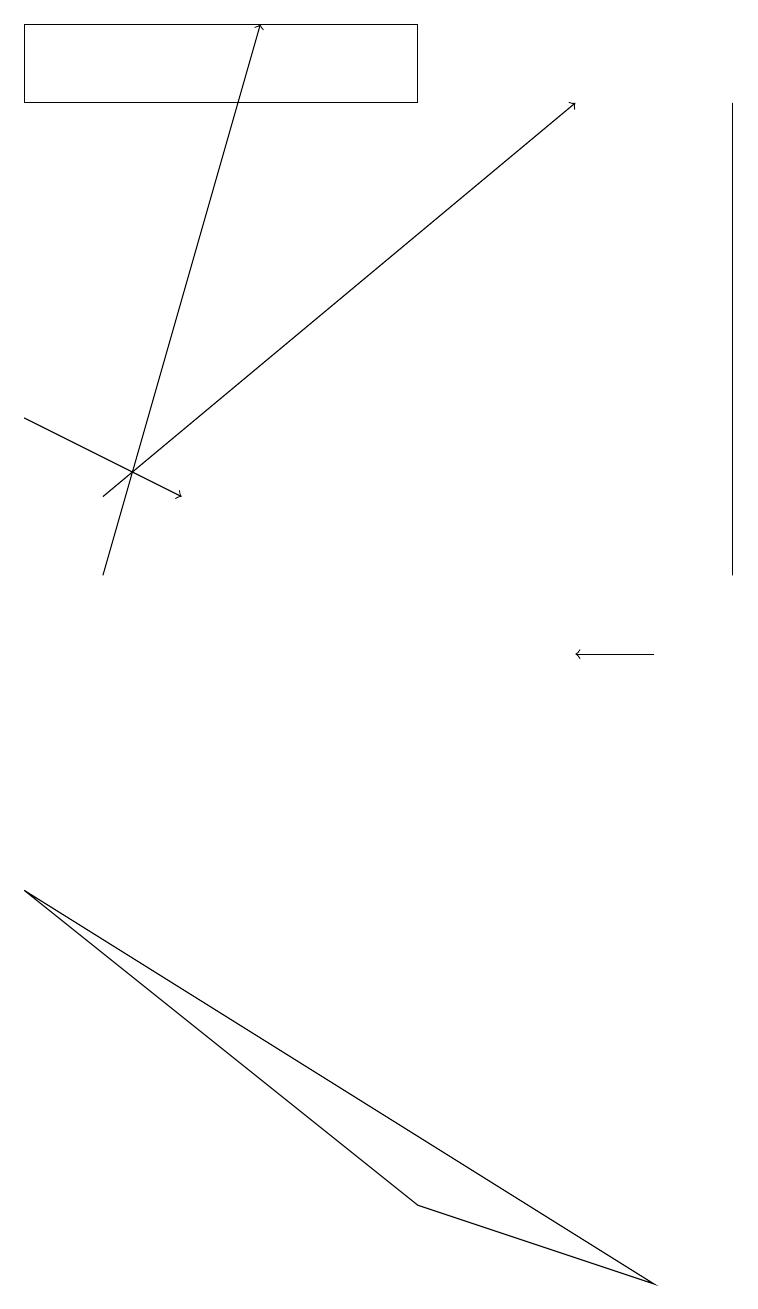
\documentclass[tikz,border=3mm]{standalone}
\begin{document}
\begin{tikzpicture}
\draw (9,17) rectangle (9,11);
\draw (0,17) rectangle (5,18);
\draw[->] (1,12) -- (7,17);
\draw[->] (8,10) -- (7,10);
\draw (0,7) -- (8,2) -- (5,3) -- cycle;
\draw[->] (1,11) -- (3,18);
\draw[->] (0,13) -- (2,12);
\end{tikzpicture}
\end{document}